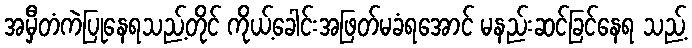
အမှီတံကဲပြုနေရသည့်တိုင် ကိုယ့်ခေါင်းအဖြတ်မခံရအောင် မနည်းဆင်ခြင်နေရ သည့်